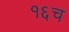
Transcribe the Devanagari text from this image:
१६च